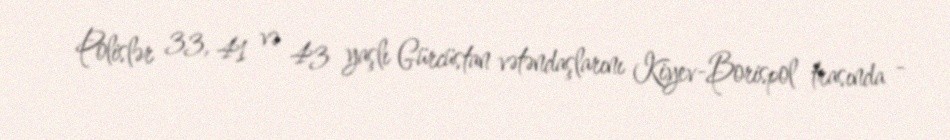
Polislər 33, 41 və 43 yaşlı Gürcüstan vətəndaşlarını Kiyev-Borispol trasında -